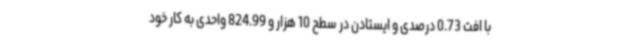
با افت 0.73 درصدی و ایستادن در سطح 10 هزار و 824.99 واحدی به کار خود